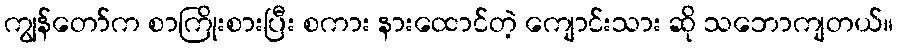
ကျွန်တော်က စာကြိုးစားပြီး စကား နားထောင်တဲ့ ကျောင်းသား ဆို သဘောကျတယ်။